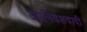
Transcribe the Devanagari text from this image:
उपनिवेशवादी